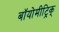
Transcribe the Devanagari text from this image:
बॉयोमीट्रिक्